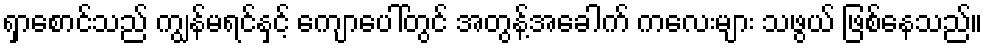
ရှာစောင်သည် ကျွန်မရင်နှင့် ကျောပေါ်တွင် အတွန့်အခေါက် ကလေးများ သဖွယ် ဖြစ်နေသည်။